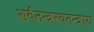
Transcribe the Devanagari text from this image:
सर्वतन्त्रस्वतन्त्राय